Scottish Certificate of Education, 1963
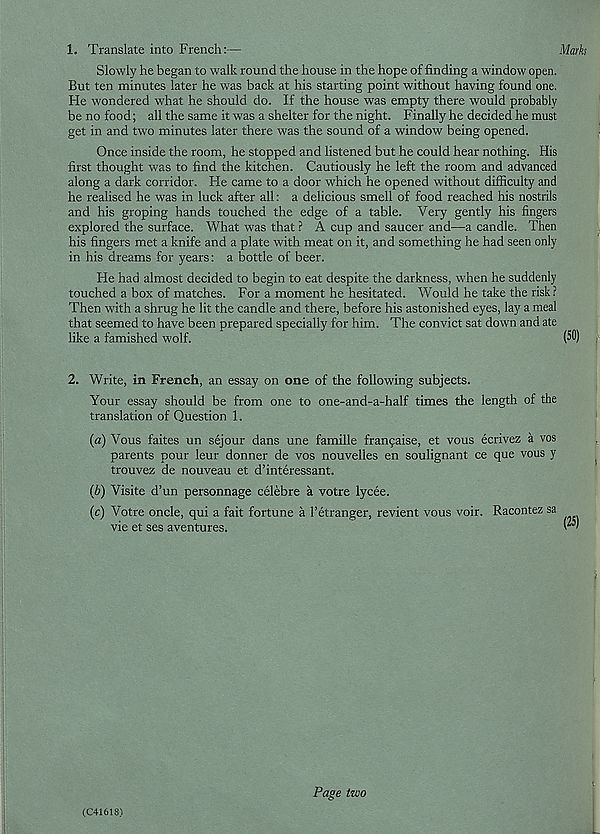
1. Translate into French:—
Slowly he began to walk round the house in the hope of finding a window open.
But ten minutes later he was back at his starting point without having found one.
He wondered what he should do. If the house was empty there would probably
be no food; all the same it was a shelter for the night. Finally he decided he must
get in and two minutes later there was the sound of a window being opened.
Once inside the room, he stopped and listened but he could hear nothing. His
first thought was to find the kitchen. Cautiously he left the room and advanced
along a dark corridor. He came to a door which he opened without difficulty and
he realised he was in luck after all: a delicious smell of food reached his nostrils
and his groping hands touched the edge of a table. Very gently his fingers
explored the surface. What was that ? A cup and saucer and—a candle. Then
his fingers met a knife and a plate with meat on it, and something he had seen only
in his dreams for years: a bottle of beer.
He had almost decided to begin to eat despite the darkness, when he suddenly
touched a box of matches. For a moment he hesitated. Would he take the risk?
Then with a shrug he lit the candle and there, before his astonished eyes, lay a meal
that seemed to have been prepared specially for him. The convict sat down and ate
like a famished wolf.
2. Write, in French, an essay on one of the following subjects.
Your essay should be from one to one-and-a-half times the length of the
translation of Question 1.
(a) Vous faites un sejour dans une famille frangaise, et vous ecrivez a vos
parents pour leur donner de vos nouvelles en soulignant ce que vous y
trouvez de nouveau et d’interessant.
(b) Visite d’un personnage celebre a votre lycee.
(c) Votre oncle, qui a fait fortune a 1’etranger, revient vous voir. Racontez sa
vie et ses aventures.
(C41618)
Page two